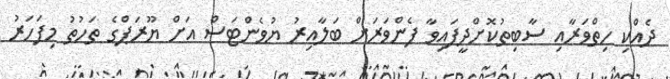
ދެއްކި ހިތްވަރާއި ސާބިތުކޮށްދީފައިވާ ފެންވަރަށް ބަލާއިރު ޔުވެންޓަސް އަށް ޔޫރަޕްގެ ތަހުތު މިފަހަރު